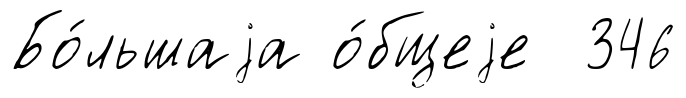
Бо́льшаjа о́бщеjе 346